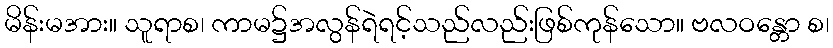
မိန်းမအား။ သူရာစ၊ ကာမ၌အလွန်ရဲရင့်သည်လည်းဖြစ်ကုန်သော။ ဗလဝန္တော စ၊